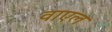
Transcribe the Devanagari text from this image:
वाएल